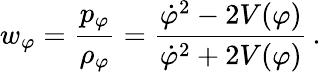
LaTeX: w_{\varphi}=\frac{p_{\varphi}}{{\rho}_{\varphi}}=\frac{{\dot{\varphi}}^{2}-2V(\varphi)}{{\dot{\varphi}}^{2}+2V(\varphi)}\, .